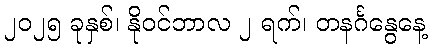
၂၀၂၅ ခုနှစ်၊ နိုဝင်ဘာလ ၂ ရက်၊ တနင်္ဂနွေနေ့